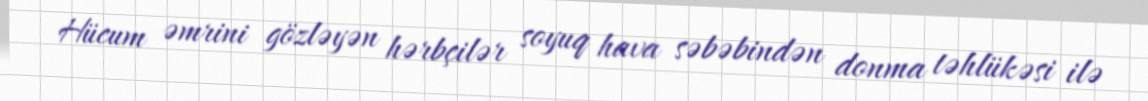
Hücum əmrini gözləyən hərbçilər soyuq hava səbəbindən donma təhlükəsi ilə